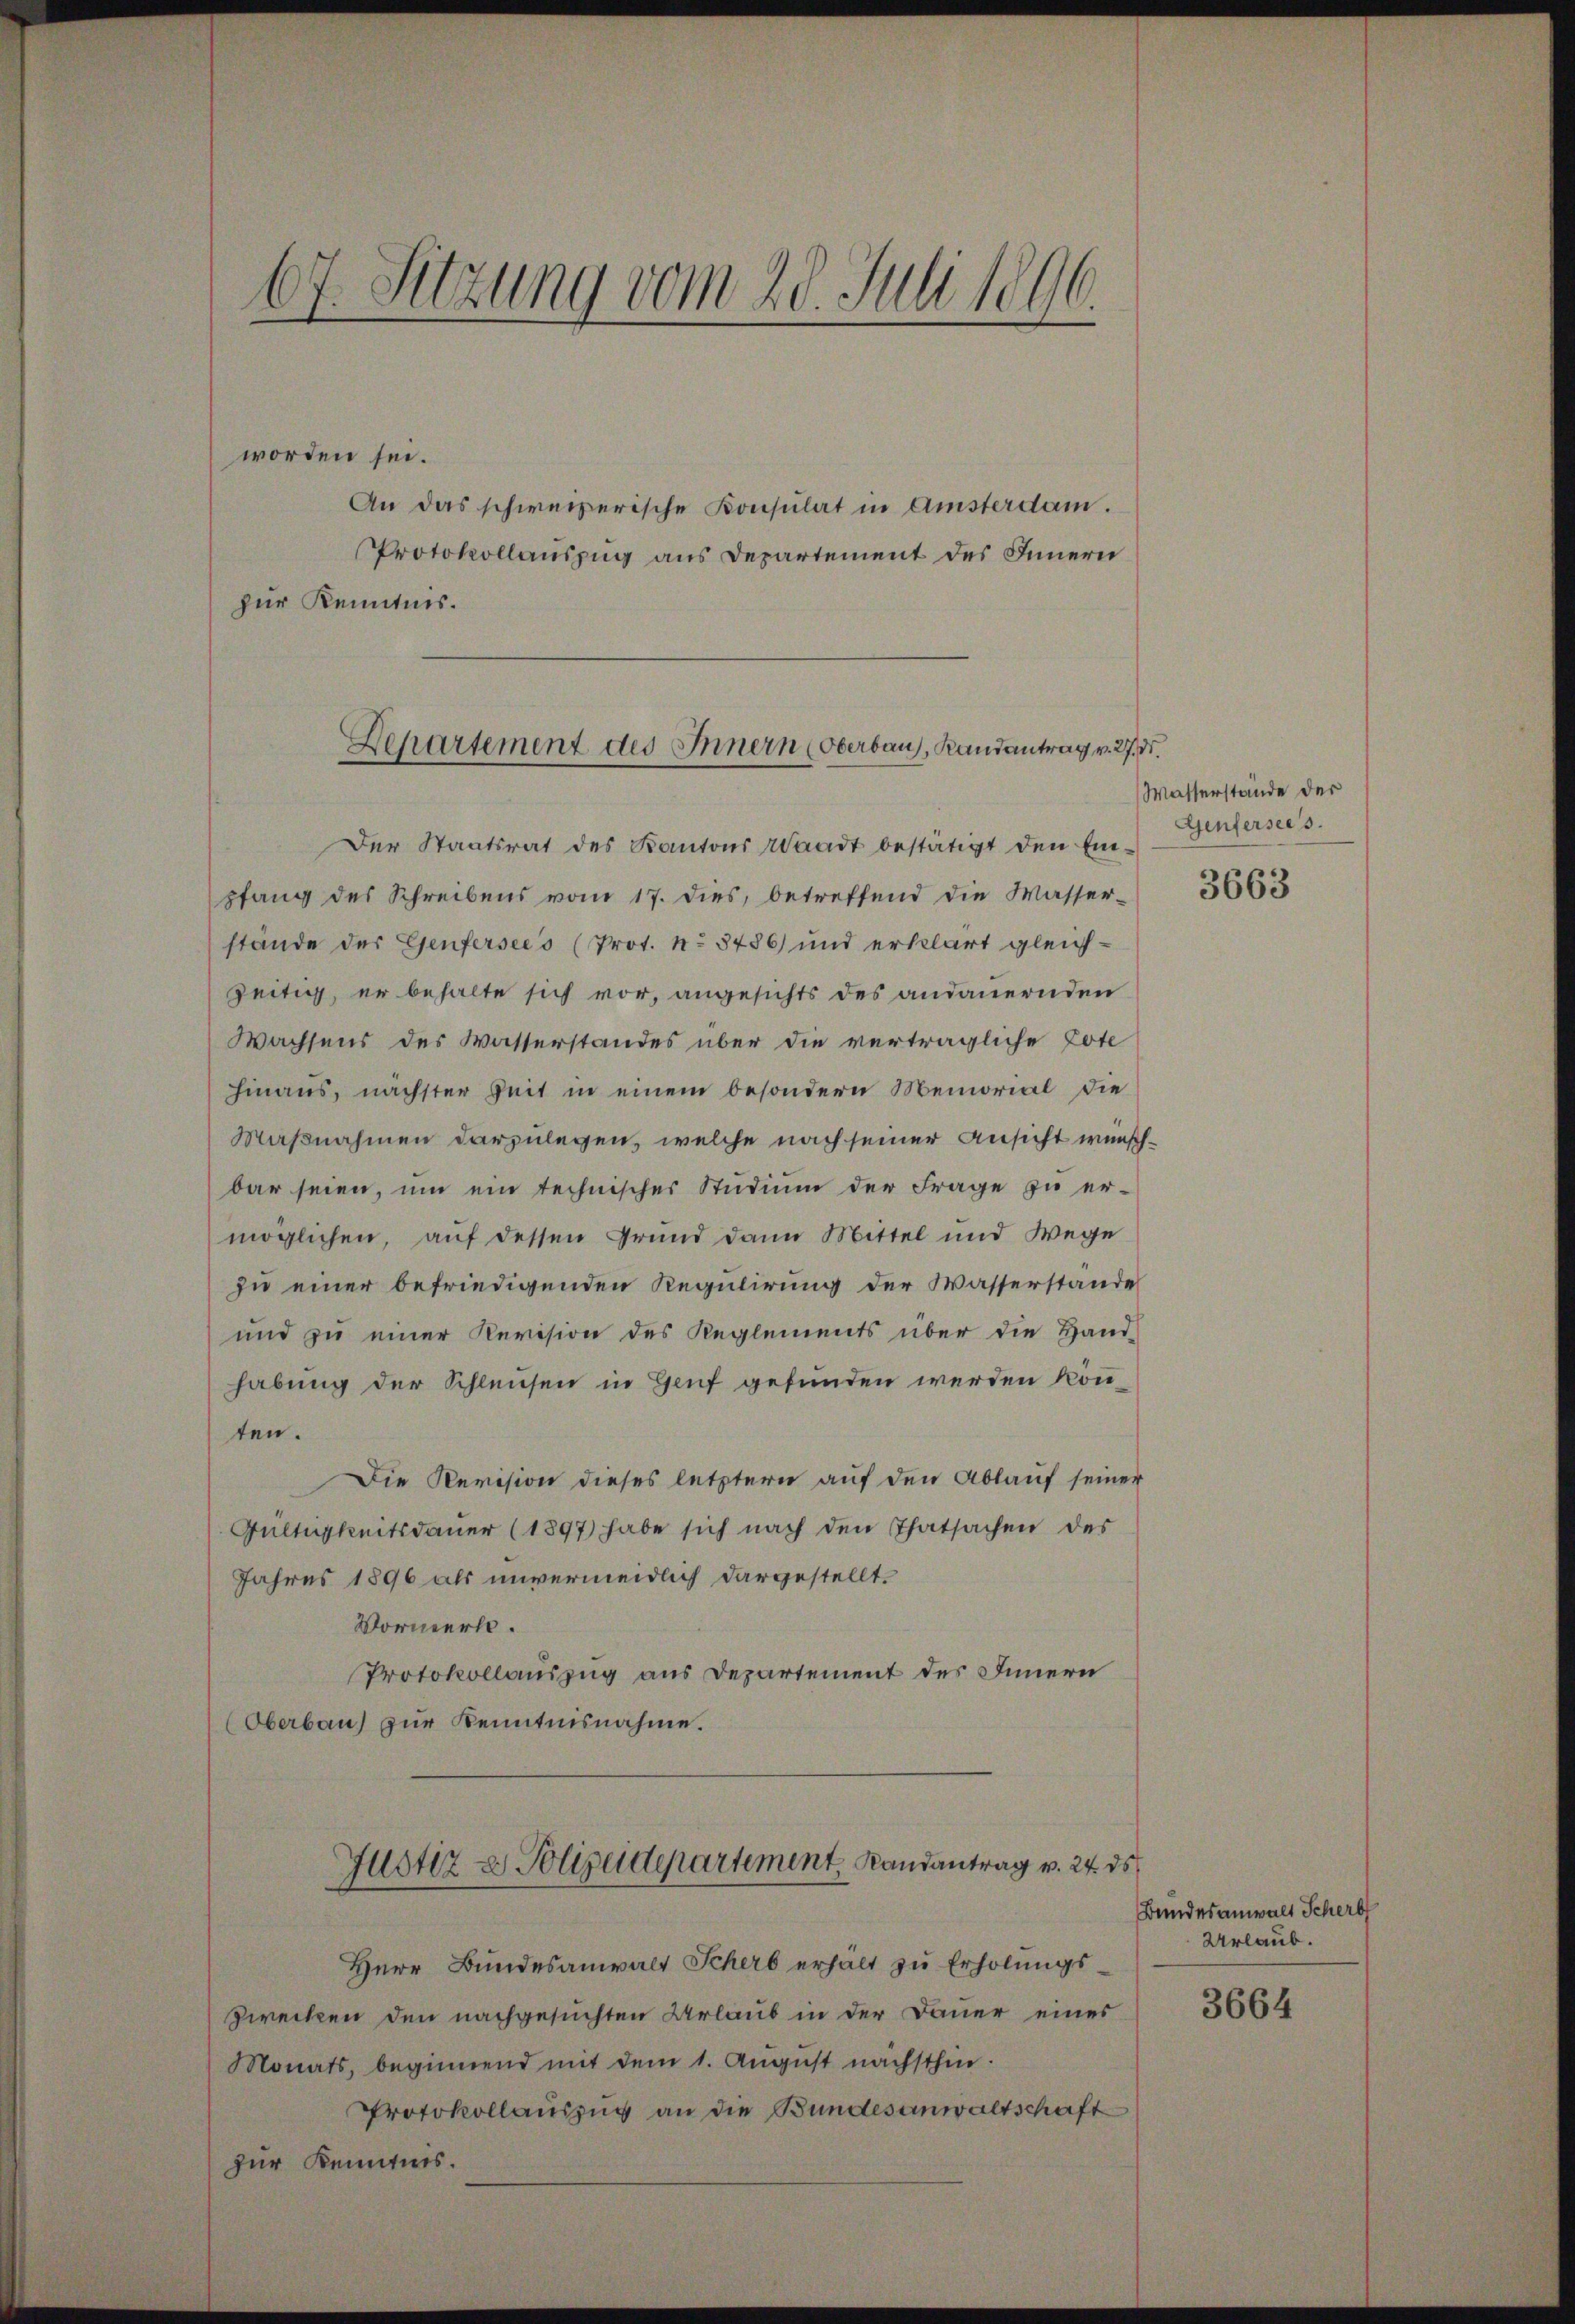
67. Sitzung vom 28. Juli 1896.

worden sei.
An das schweizerische Konsulat in Amsterdam.
Protokollauszug aus Departement des Innern
zur Kenntnis.

Departement des Innern (Oberbau, Randantrag v. 27. d.

Der Staatsrat des Kantons Waadt bestätigt den Ein-
pfang des Schreibens vom 17. dies, betreffend die Wasser-
stände der Genfersees (Prot. No 8486) und erklärt gleichzeitig, er behalte sich vor, angesichts des andauernden
Wachsens des Wasserstandes über die verträgliche Pote
hinaus, nächster Zeit in einem besondern Memorial die
Maßnahmen darzulegen, welche nach seiner Ansicht wünschbar seien, um ein technischer Studium der Frage zu er-
möglichen, auf dessen Grund dann Mittel und Wege
zu einer befriedigenden Regulirung der Wasserstande
und zu einer Revision des Reglements über die Hand-
habung der Schleusen in Genf gefunden werden könten.
Die Revision dieses letztern auf den Ablauf seiner
Gültigkeitsdauer (1897 habe sich nach den Thatsachen des
Jahres 1896 als unvermeidlich dargestellt.
Vormerk.
Protokollauszug aus Departement des Innern
Oberbau) zur Kenntnisnahme.
Justiz- & Polizeidepartement, Randantrag v. 24. ds
Herr Bŭndesanwalt Scherb erhalt zŭ Erholŭngs-
Zwecken den nachgesuchten Urlaub in der Dauer eines
Monats, beginnend mit dem 1. August nächsthin.
Protokollauszug an die Bundesanwaltschaft
zur Kenntnis.

Wasserstände der
Genfersees.

3663

Bundesanwalt Scherb
Urlaub.

3664